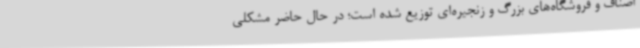
اصناف و فروشگاه‌های بزرگ و زنجیره‌ای توزیع شده است؛ در حال حاضر مشکلی